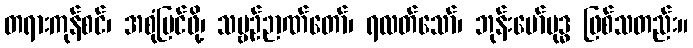
တရားကုန်စင်၊ အစုံမြင်ဖို့၊ သဗ္ဗဉ်ဉာဏ်တော်၊ ရလတ်သော်၊ ဘုန်းမော်ဗုဒ္ဓ ဖြစ်သတည်း။